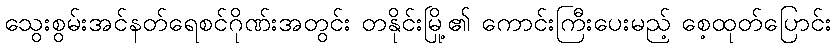
သွေးစွမ်းအင်နတ်ရေစင်ဂိုဏ်းအတွင်း တနိုင်းမြို့၏ ကောင်းကြီးပေးမည့် စေ့ထုတ်ပြောင်း